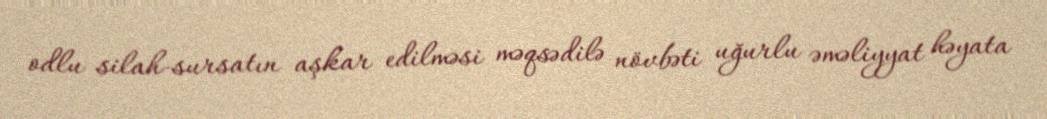
odlu silah-sursatın aşkar edilməsi məqsədilə növbəti uğurlu əməliyyat həyata